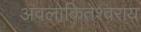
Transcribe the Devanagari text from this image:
अवलोकितेश्वराय